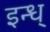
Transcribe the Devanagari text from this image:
इन्ध्‌